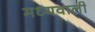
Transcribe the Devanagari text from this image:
मध्यवाली